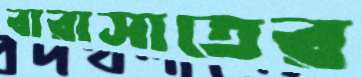
বারাসাতের